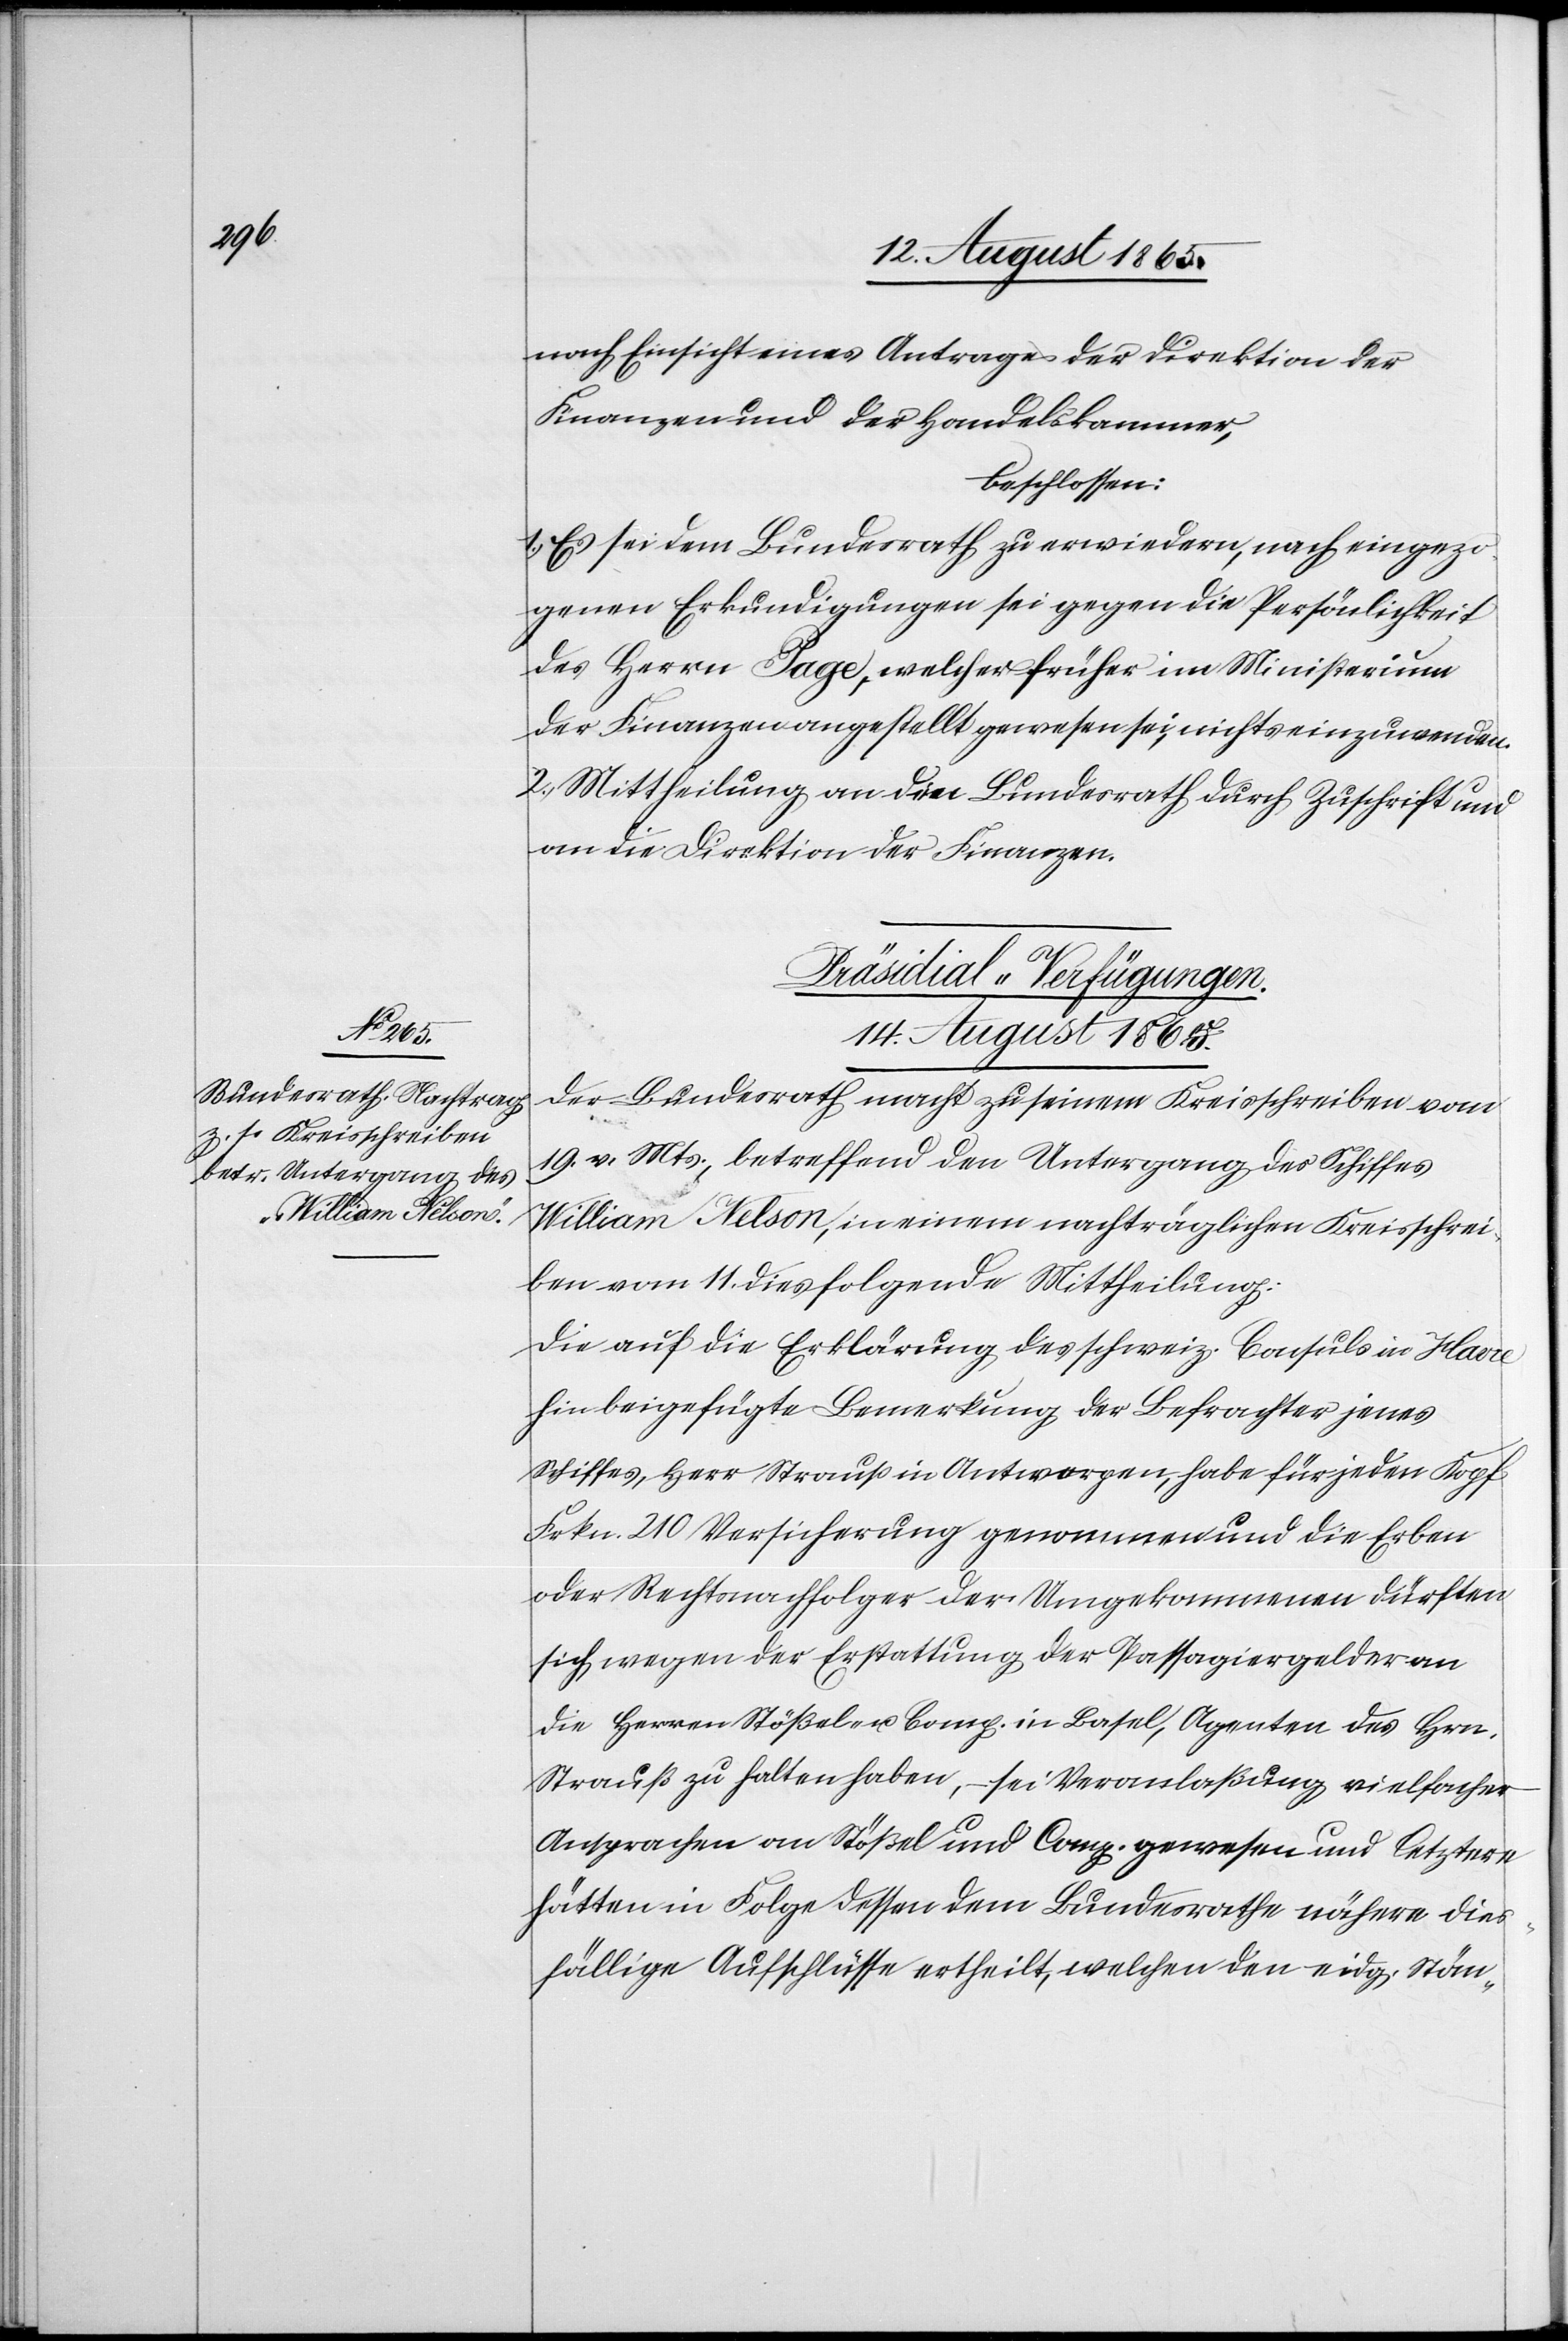
nach Einsicht eines Antrages der Direktion der
Finanzen und der Handelskammer,
beschlossen:
Es sei dem Bundesrath zu erwiedern, nach eingezo¬
genen Erkundigungen sei gegen die Persönlichkeit
des Herrn Page, welcher früher im Ministerium
der Finanzen angestellt gewesen sei, nichts einzuwenden.
2. Mittheilung an den Bundesrath durch Zuschrift und
an die Direktion der Finanzen.
Präsidial-Verfügungen.
14. August 1865.
Der Bundesrath macht zu seinem Kreisschreiben vom
19. v. Mts., betreffend den Untergang des Schiffes
William Nelson, in einem nachträglichen Kreisschrei¬
ben vom 11. dies folgende Mittheilung:
Die auf die Erklärung des schweiz. Consuls in Havre
hin beigefügte Bemerkung der Befrachter jenes
Schiffes, Herr Strauß in Antwerpen, habe für jeden Kopf
Frkn. 210 Versicherung genommen und die Erben
oder Rechtsnachfolger der Umgekommenen dürften
sich wegen der Erstattung der Passagiergelder an
die Herren Stößel- u. Comp. in Basel, Agenten des Hrn.
Strauß zu halten haben, sei Veranlaßung vielfacher
Ansprachen an Stößel und Comp. gewesen und letztere
hätten in Folge dessen dem Bundesrathe nähere dies¬
fällige Aufschlüsse ertheilt, welchen den eidg. Stän-